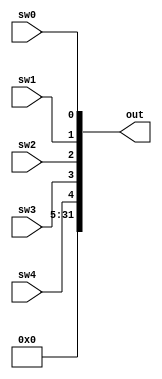
module in_port (
	sw4,sw3,sw2,sw1,sw0,out
);

	input sw4,sw3,sw2,sw1,sw0;
	output [31:0] out;

	assign out[31:5] = 27'h0;
	assign out[4] = sw4;
	assign out[3] = sw3;
	assign out[2] = sw2;
	assign out[1] = sw1;
	assign out[0] = sw0;
	
endmodule